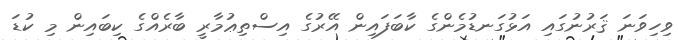
ވިހިވަނަ ޤަރުނުގައި އަޅުގަނޑުމެންގެ ކާބަފައިން އޭރުގެ އިސްތިޢުމާރީ ބާރެއްގެ ކިބައިން މި ކުޑަ